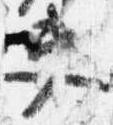
夫